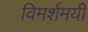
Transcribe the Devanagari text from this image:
विमर्शमयी